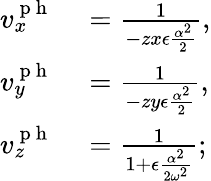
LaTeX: \begin{array}{rl}{v_{x}^{\mathrm{~p~h~}}}&{{}=\frac{1}{-zx\epsilon\frac{\alpha^{2}}{2}},}\\ {v_{y}^{\mathrm{~p~h~}}}&{{}=\frac{1}{-zy\epsilon\frac{\alpha^{2}}{2}},}\\ {v_{z}^{\mathrm{~p~h~}}}&{{}=\frac{1}{1+\epsilon\frac{\alpha^{2}}{2\omega^{2}}};}\end{array}